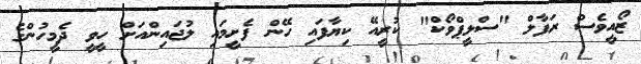
ޒޯއީވެސް ރަފާލް "ސްލީޕްވޯކް" ކުރީއޭ ކިޔާފައި ހޭން ފެށީމައި ލުޖައިންއަށް ހީވީ ދެމީހުންގެ